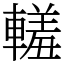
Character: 䡭